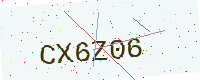
Text: CX6Z06